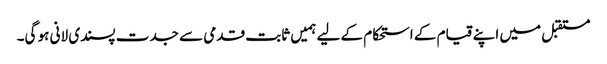
مستقبل میں اپنے قیام کے استحکام کے لیے ہمیں ثابت قدمی سے جدت پسندی لانی ہو گی۔